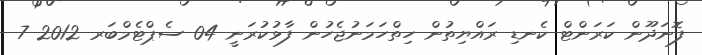
ފޮނަދޫން ކަރަންޓް ކެނޑި ރައްޔިތުން ހިތްހަމަނުޖެހުން ފާޅުކުރަނީ 04 ސެޕްޓެމްބަރ 2012 7